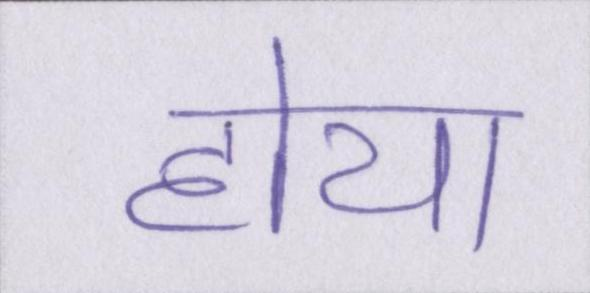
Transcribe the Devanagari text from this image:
होया